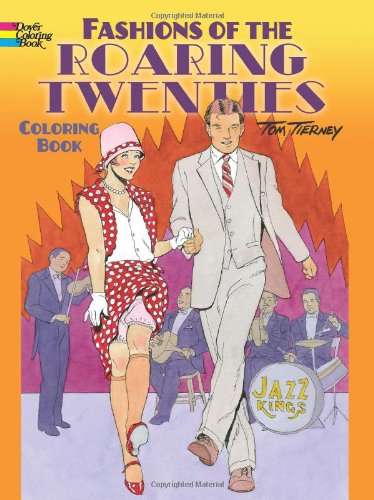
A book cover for Fashions of the Roaring Twenties Coloring Book (Dover Coloring Books); Tom Tierney; Children's Books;